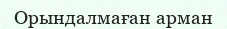
Орындалмаған арман